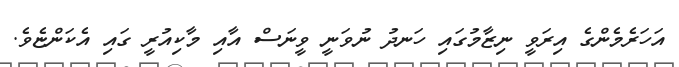
އަހަރެމެންގެ އިރަވީ ނިޒާމުގައި ހަނދު ނުވަނީ ވީނަސް އާއި މާކިއުރީ ގައި އެކަންޏެވެ.